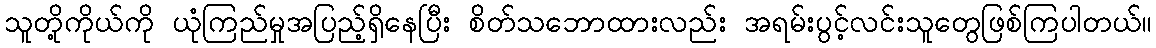
သူတို့ကိုယ်ကို ယုံကြည်မှုအပြည့်ရှိနေပြီး စိတ်သဘောထားလည်း အရမ်းပွင့်လင်းသူတွေဖြစ်ကြပါတယ်။